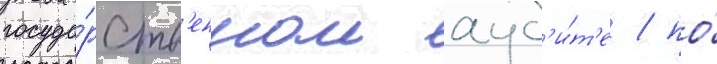
госуда́рств'енном ауд'и́т'е / по́